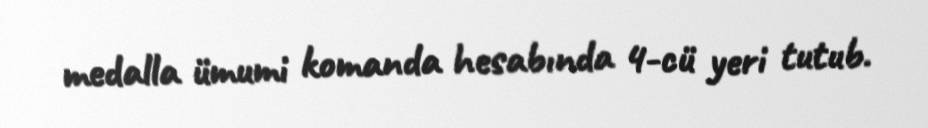
medalla ümumi komanda hesabında 4-cü yeri tutub.